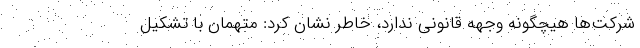
شرکت‌ها هیچگونه وجهه قانونی ندارد، خاطر نشان کرد: متهمان با تشکیل